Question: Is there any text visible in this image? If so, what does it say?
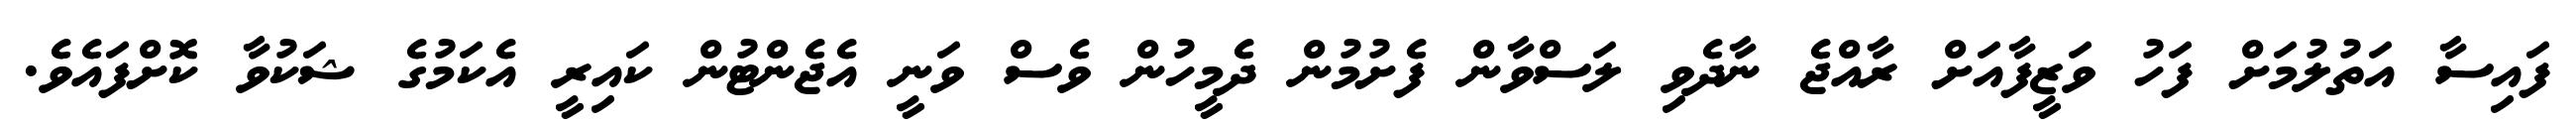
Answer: ފައިސާ އަތުލުމަށް ފަހު ވަޒީފާއަށް ރާއްޖެ ނާދެވި ލަސްވާން ފެށުމުން ދެމީހުން ވެސް ވަނީ އެޖެންޓުން ކައިރީ އެކަމުގެ ޝަކުވާ ކޮށްފައެވެ.